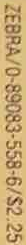
ZEBRA/0-89083-558-6/S2 25